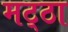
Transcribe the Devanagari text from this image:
मट्‌ठा